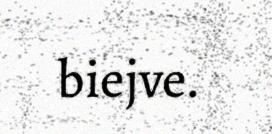
biejve.